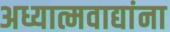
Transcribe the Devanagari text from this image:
अध्यात्मवाद्यांना